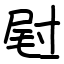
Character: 屗